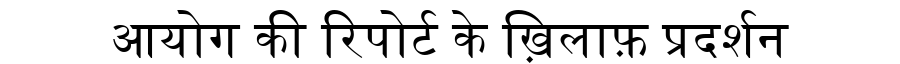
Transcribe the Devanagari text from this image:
आयोग की रिपोर्ट के ख़िलाफ़ प्रदर्शन